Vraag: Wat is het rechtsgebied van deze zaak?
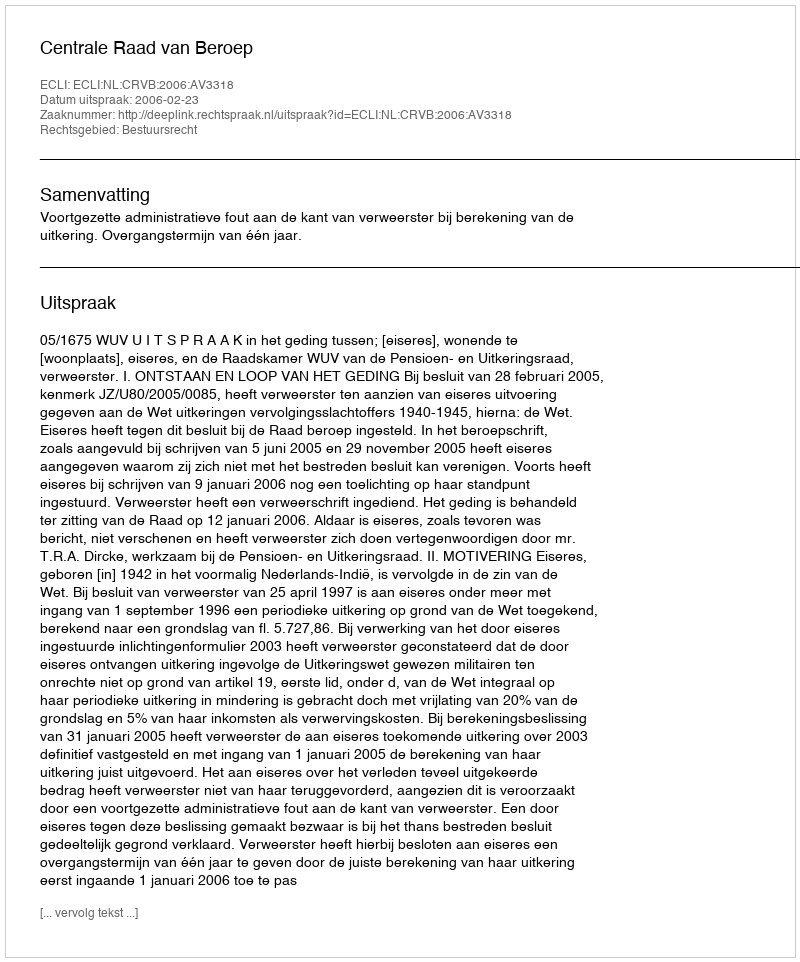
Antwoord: Bestuursrecht